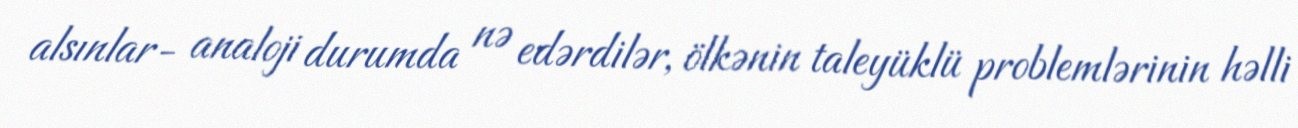
alsınlar- analoji durumda nə edərdilər, ölkənin taleyüklü problemlərinin həlli